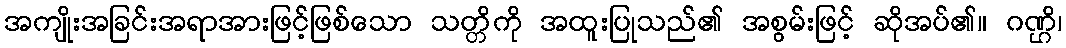
အကျိုးအခြင်းအရာအားဖြင့်ဖြစ်သော သတ္တိကို အထူးပြုသည်၏ အစွမ်းဖြင့် ဆိုအပ်၏။ ဂဏ္ဌိ၊